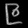
Digit: ၉